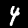
Digit: 4